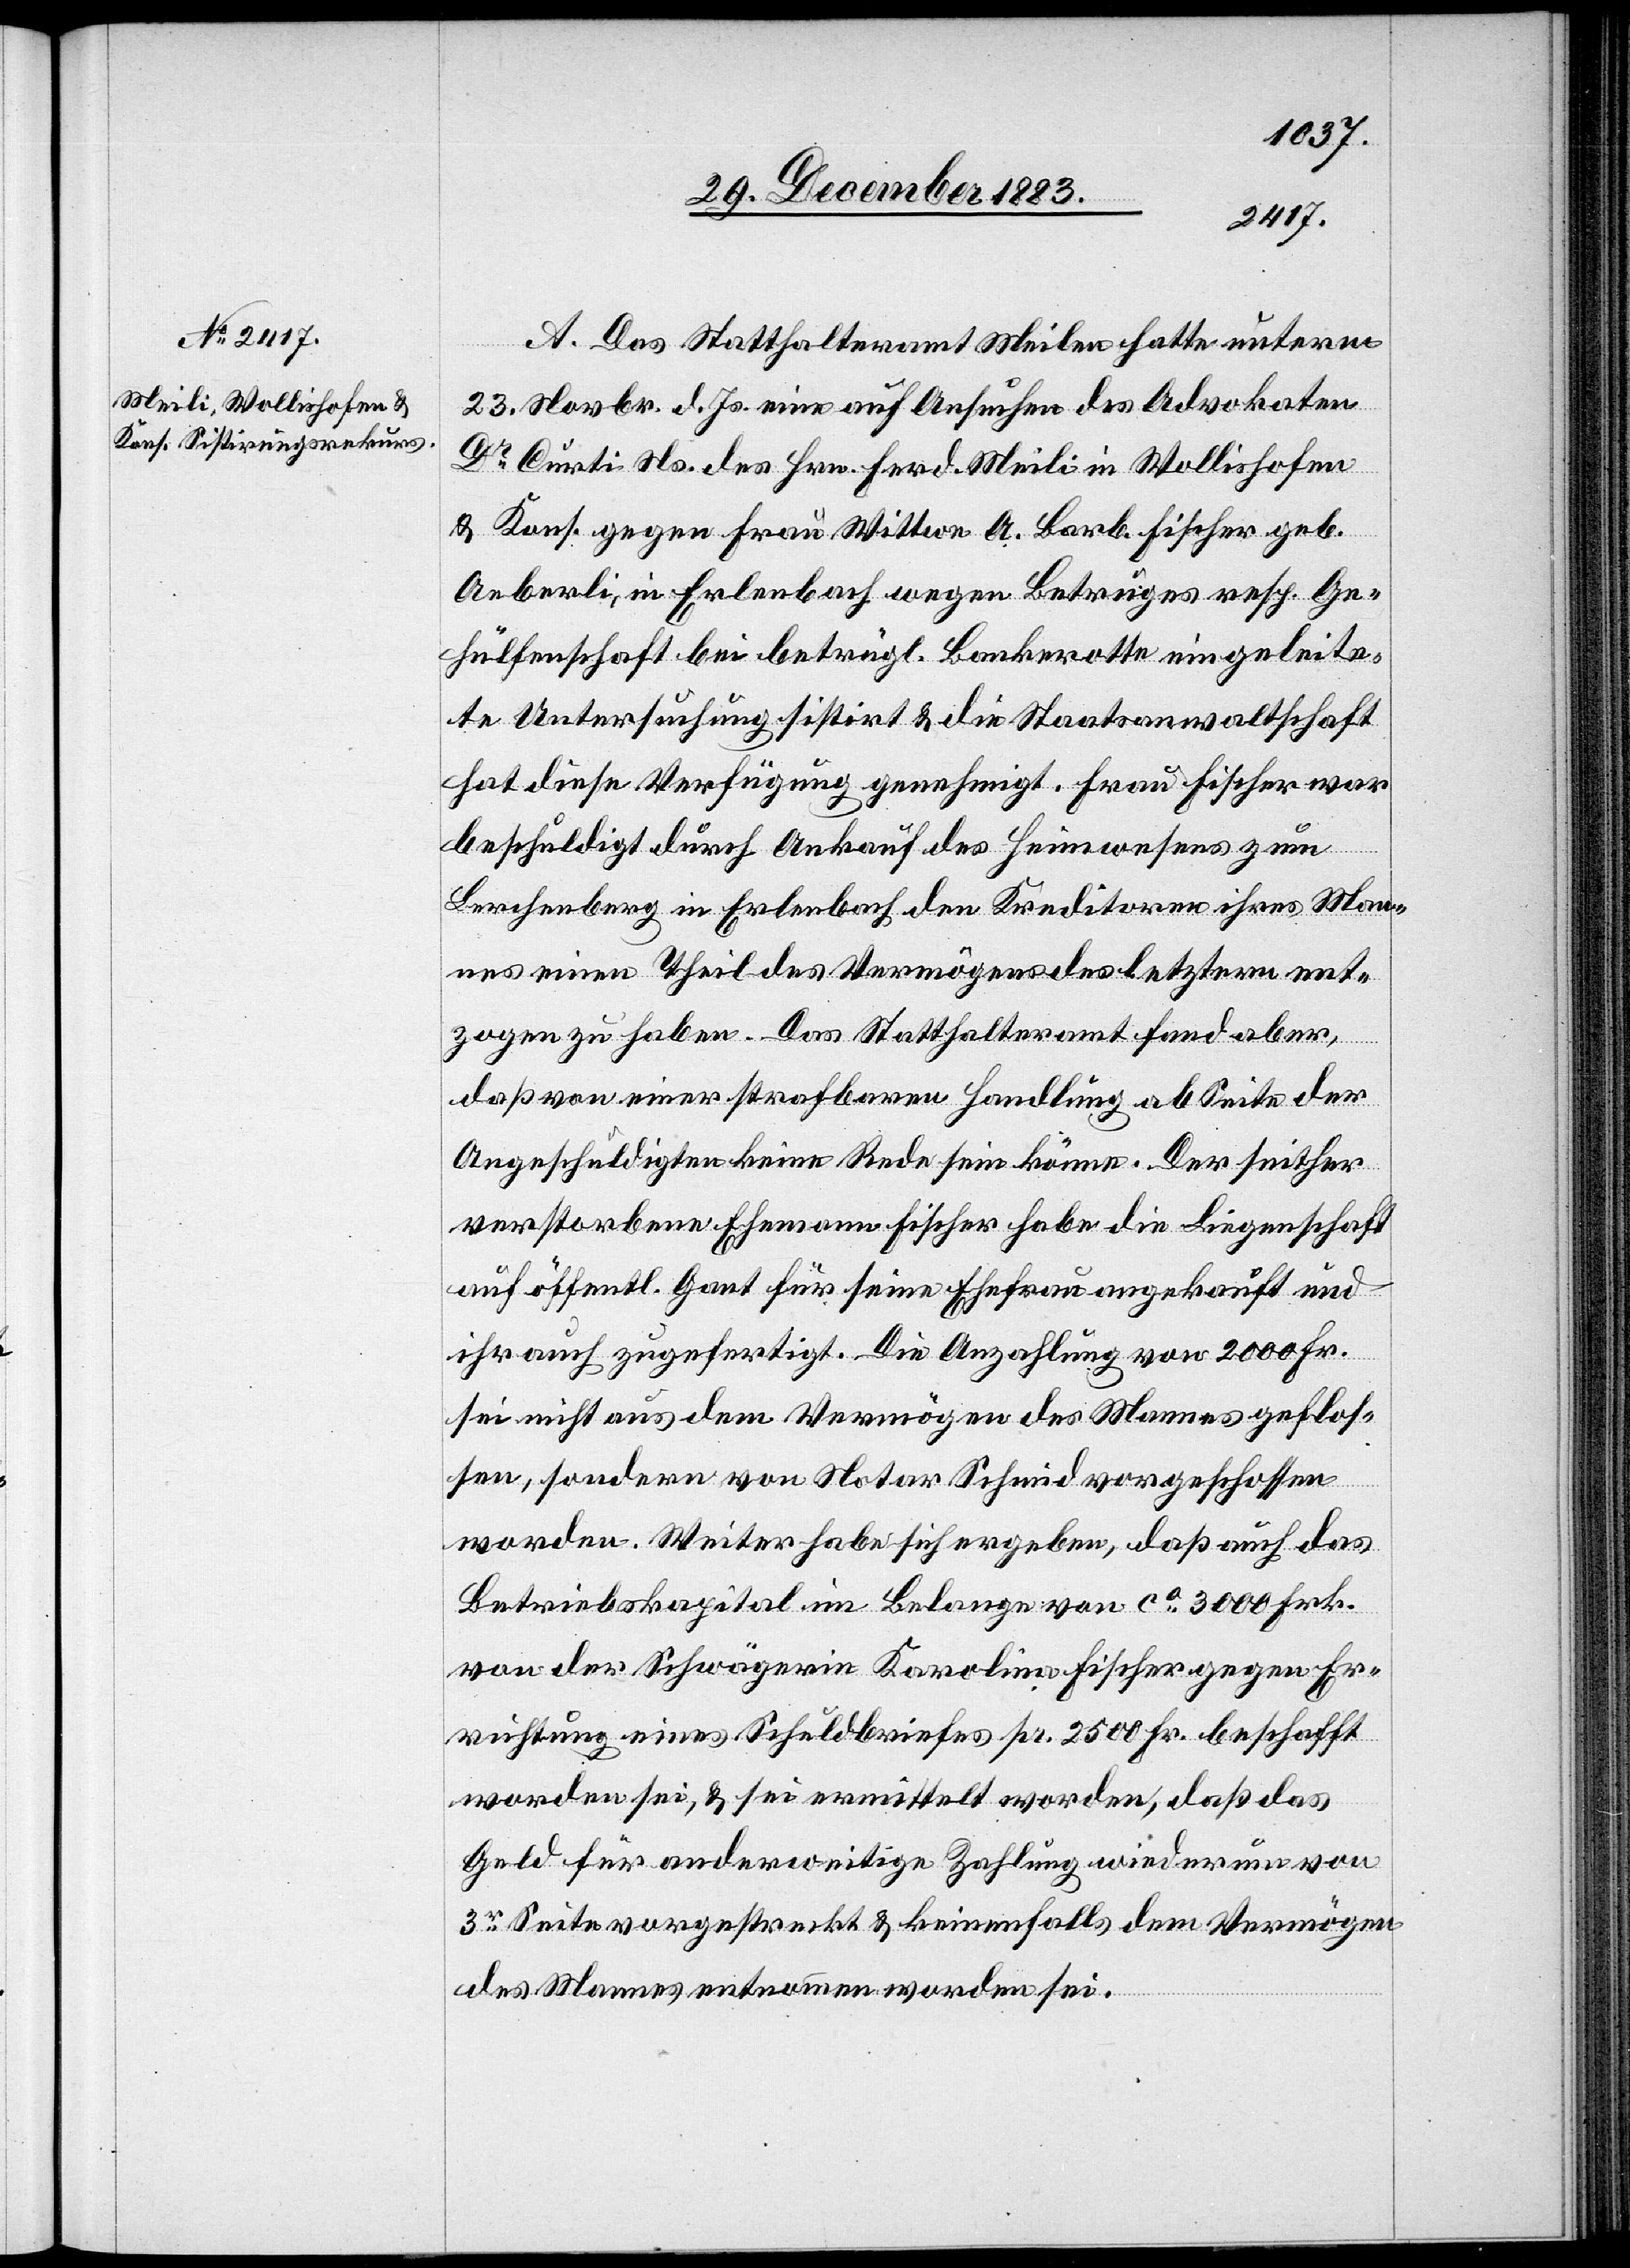
A. Das Statthalteramt Meilen hatte unterm
23. Novbr. d. Js. eine auf Ansuchen des Advokaten
Dr Curti Ns. des Hrn. Ferd. Meili in Wollishofen
& Kons. gegen Frau Wittwe A. Barb. Fischer geb.
Aeberli, in Erlenbach wegen Betruges resp. Ge¬
hülfsgesellschaft bei betrügl. Bankerotte eingeleite¬
te Untersuchung sistirt & die Staatsanwaltschaft
hat diese Verfügung genehmigt. Frau Fischer war
beschuldigt durch Ankauf des Heimwesens zum
Lerchenberg in Erlenbach den Kreditoren ihres Man¬
nes einen Theil des Vermögens des letztern ent¬
zogen zu haben. Das Statthalteramt fand aber,
daß von einer strafbaren Handlung ab Seite der
Angeschuldigten keine Rede sein könne. Der seither
verstorbene Ehemann Fischer habe die Liegenschaft
auf öffentl. Gant für seine Ehefrau angekauft und
ihr auch zugefertigt. Die Anzahlung von 2000 Fr.
sei nicht aus dem Vermögen des Mannes geschlos¬
sen, sondern von Notar Schmid vorgeschossen
worden. Weiter habe sich ergeben, daß auch das
Betriebskapital im Belange von ca 3000 Frk.
von der Schwägerin Karoline Fischer gegen Er¬
richtung eines Schuldbriefes pr. 2500 Fr. beschafft
worden sei, & sei ermittelt worden, daß das
Geld für anderweitige Zahlung wiederum von
3r Seite vorgestreckt & keinenfalls dem Vermögen
des Mannes entnommen worden sei.